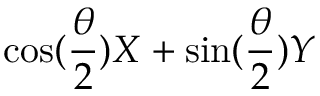
\cos ( \frac { \theta } { 2 } ) X + \sin ( \frac { \theta } { 2 } ) Y